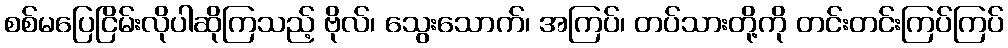
စစ်မပြေငြိမ်းလိုပါဆိုကြသည့် ဗိုလ်၊ သွေးသောက်၊ အကြပ်၊ တပ်သားတို့ကို တင်းတင်းကြပ်ကြပ်